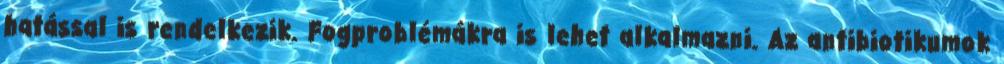
hatással is rendelkezik. Fogproblémákra is lehet alkalmazni. Az antibiotikumok